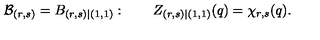
{ \cal B } _ { ( r , s ) } = B _ { ( r , s ) | ( 1 , 1 ) } : \qquad Z _ { ( r , s ) | ( 1 , 1 ) } ( q ) = \chi _ { r , s } ( q ) .